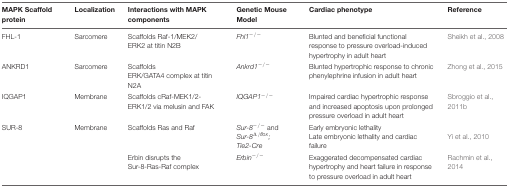
| MAPK Scaffold protein | Localization | Interactions with MAPK components | Genetic Mouse Model | Cardiac phenotype | Reference |
 | --- | --- | --- | --- | --- | --- |
 | FHL-1 | Sarcomere | Scaffolds Raf-1/MEK2/ERK2 at titin N2B | Fhl1-/- | Blunted and beneficial functional response to pressure overload-induced hypertrophy in adult heart | Sheikh et al., 2008 |
 | ANKRD1 | Sarcomere | Scaffolds ERK/GATA4 complex at titin N2A | Ankrd1-/- | Blunted hypertrophic response to chronic phenylephrine infusion in adult heart | Zhong et al., 2015 |
 | IQGAP1 | Membrane | Scaffolds cRaf-MEK1/2-ERK1/2 via melusin and FAK | IQGAP1-/- | Impaired cardiac hypertrophic response and increased apoptosis upon prolonged pressure overload in adult heart | Sbroggio et al., 2011b |
 | SUR-8 | Membrane | Scaffolds Ras and Raf | Sur-8-/- and Sur-8Δ/flox; Tie2-Cre | Early embryonic lethality Late embryonic lethality and cardiac failure | Yi et al., 2010 |
 |  |  | Erbin disrupts the Sur-8-Ras-Raf complex | Erbin-/- | Exaggerated decompensated cardiac hypertrophy and heart failure in response to pressure overload in adult heart | Rachmin et al., 2014 |